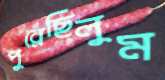
পুরেছিলুম